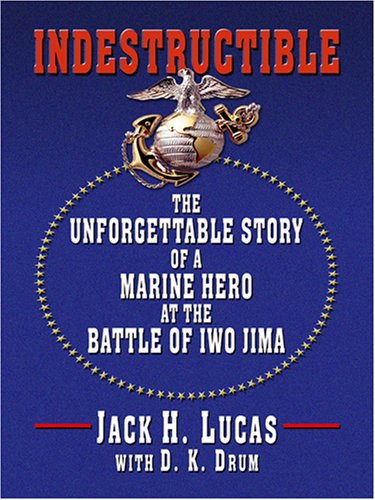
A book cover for Indestructible: The Unforgettable Story of a Marine Hero at the Battle of Iwo Jima; Jack H. Lucas; Biographies & Memoirs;